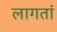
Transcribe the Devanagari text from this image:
लागतां